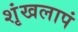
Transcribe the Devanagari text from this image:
शृंखलापं